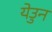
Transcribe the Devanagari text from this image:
येउुन